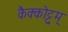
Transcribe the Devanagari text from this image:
कैक्कोट्टुम्